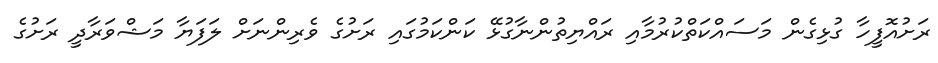
ރަށުއޮފީހާ ގުޅިގެން މަސައްކަތްކުރުމާއި ރައްޔިތުންނާގުޅޭ ކަންކަމުގައި ރަށުގެ ވެރިންނަށް ލަފަޔާ މަޝްވަރާދީ ރަށުގެ